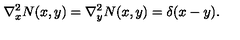
\nabla _ { x } ^ { 2 } N ( x , y ) = \nabla _ { y } ^ { 2 } N ( x , y ) = \delta ( x - y ) .